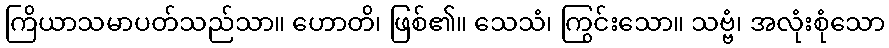
ကြိယာသမာပတ်သည်သာ။ ဟောတိ၊ ဖြစ်၏။ သေသံ၊ ကြွင်းသော။ သဗ္ဗံ၊ အလုံးစုံသော